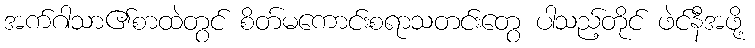
အက်ဂါသာ၏စာထဲတွင် စိတ်မကောင်းစရာသတင်းတွေ ပါသည့်တိုင် ဖဲင်နီအဖို့